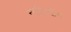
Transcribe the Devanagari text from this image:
नज़ीरुद्दीन